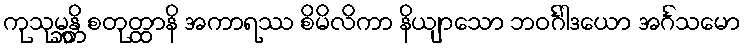
ကုသုမ္ဘန္တိ စတုတ္ထာနိ အကာရဿ စိမိလိကာ နိယျာသော ဘဝင်္ဂါဒယော အင်္ဂသမော